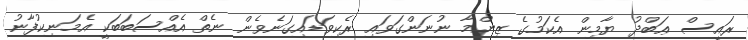
ރައީސް ޢަބްދު ޔާމިން އެކަމުގެ ޒިންމާ ނުނަންގަވައި ރެކިވަޑައިގަނެވެން ނެތް އެއްސަބަބަކީ އެމަނިކުފާނު